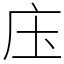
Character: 庒